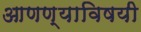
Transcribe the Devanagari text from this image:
आणण्याविषयी